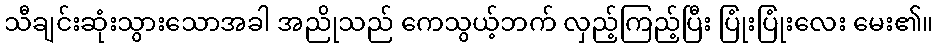
သီချင်းဆုံးသွားသောအခါ အညိုသည် ကေသွယ့်ဘက် လှည့်ကြည့်ပြီး ပြုံးပြုံးလေး မေး၏။